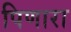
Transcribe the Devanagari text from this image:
पिणारा